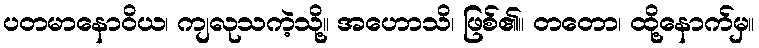
ပတမာနောဝိယ၊ ကျလုသကဲ့သို့။ အဟောသိ၊ ဖြစ်၏။ တတော၊ ထို့နောက်မှ။